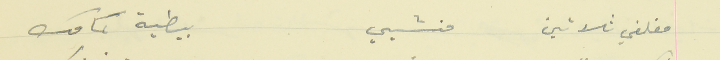
مغلفي ثلاثين     منشيي                                      بيطية كمامك